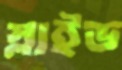
স্লাইড